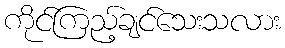
ကိုင်ကြည့်ချင်သေးသလား